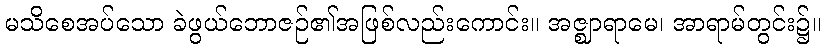
မသိစေအပ်သော ခဲဖွယ်ဘောဇဉ်၏အဖြစ်လည်းကောင်း။ အဇ္ဈာရာမေ၊ အာရာမ်တွင်း၌။